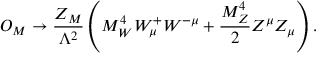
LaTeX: { \cal O } _ { M } \rightarrow \frac { Z _ { M } } { \Lambda ^ { 2 } } \left( M _ { W } ^ { 4 } W _ { \mu } ^ { + } W ^ { - \mu } + \frac { M _ { Z } ^ { 4 } } { 2 } Z ^ { \mu } Z _ { \mu } \right) .